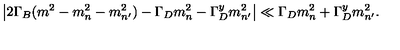
\left| 2 \Gamma _ { B } ( m ^ { 2 } - m _ { n } ^ { 2 } - m _ { n ^ { \prime } } ^ { 2 } ) - \Gamma _ { D } m _ { n } ^ { 2 } - \Gamma _ { D } ^ { y } m _ { n ^ { \prime } } ^ { 2 } \right| \ll \Gamma _ { D } m _ { n } ^ { 2 } + \Gamma _ { D } ^ { y } m _ { n ^ { \prime } } ^ { 2 } .